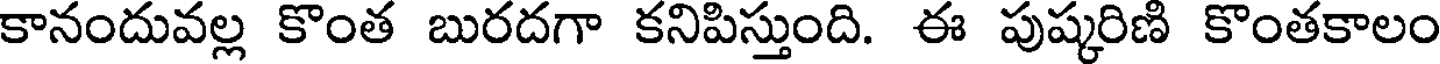
కానందువల్ల కొంత బురదగా కనిపిస్తుంది. ఈ పుష్కరిణి కొంతకాలం